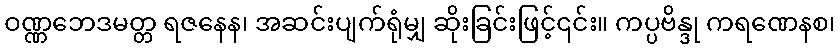
ဝဏ္ဏဘေဒမတ္တ ရဇနေန၊ အဆင်းပျက်ရုံမျှ ဆိုးခြင်းဖြင့်၎င်း။ ကပ္ပဗိန္ဒု ကရဏေနစ၊